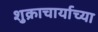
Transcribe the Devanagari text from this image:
शुक्राचार्याच्या